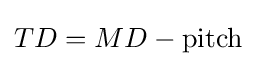
TD=MD-{\text{pitch}}